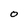
Character: 0